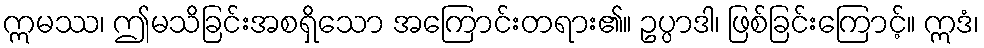
ဣမဿ၊ ဤမသိခြင်းအစရှိသော အကြောင်းတရား၏။ ဥပ္ပာဒါ၊ ဖြစ်ခြင်းကြောင့်။ ဣဒံ၊